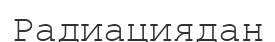
Радиациядан